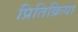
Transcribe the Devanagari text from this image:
प्रितिक्रिया